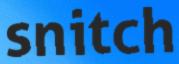
snitch